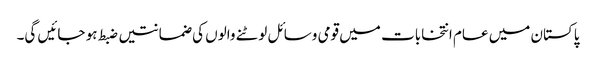
پاکستان میں عام انتخابات میں قومی وسائل لوٹنے والوں کی ضمانتیں ضبط ہو جائیں گی۔